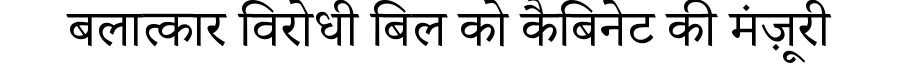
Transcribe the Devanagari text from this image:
बलात्कार विरोधी बिल को कैबिनेट की मंज़ूरी